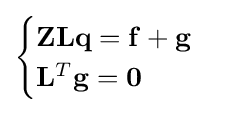
{\begin{cases}\mathbf {Z} \mathbf {L} \mathbf {q} =\mathbf {f} +\mathbf {g} \\\mathbf {L} ^{T}\mathbf {g} =\mathbf {0} \end{cases}}